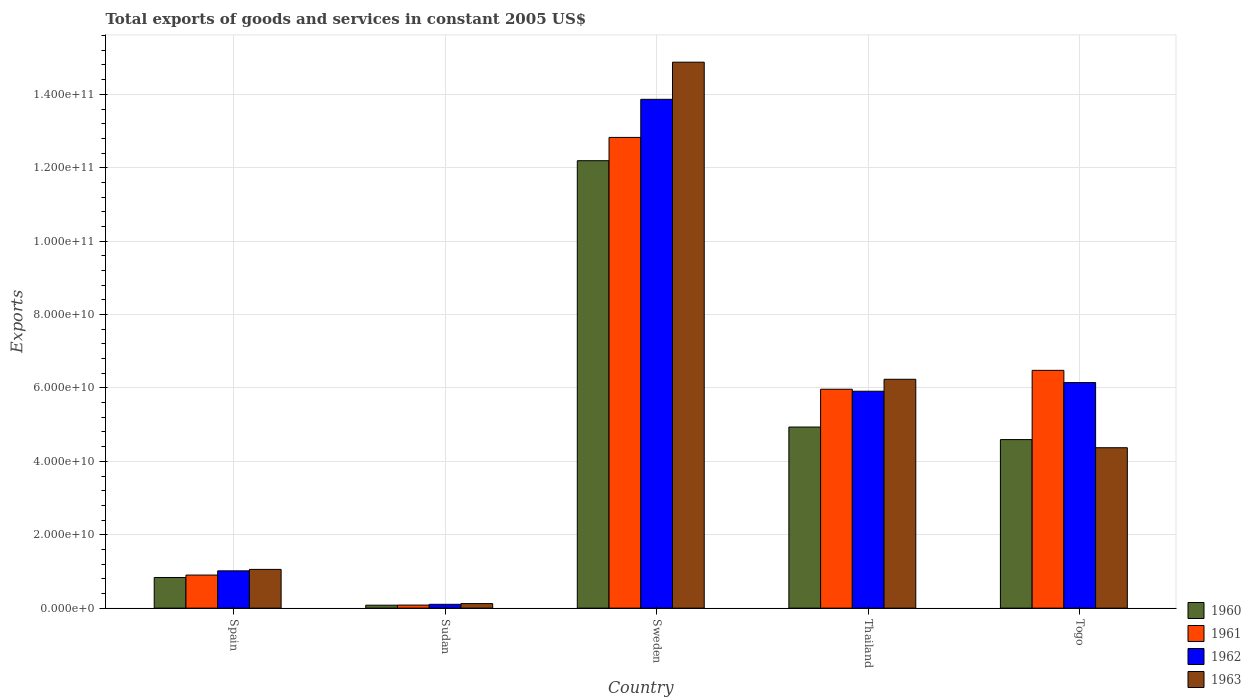
| Country | 1960 | 1961 | 1962 | 1963 |
 | --- | --- | --- | --- | --- |
 | Spain | 8.35e+09 | 9.02e+09 | 1.02e+10 | 1.06e+10 |
 | Sudan | 8.03e+08 | 8.33e+08 | 1.04e+09 | 1.24e+09 |
 | Sweden | 1.22e+11 | 1.28e+11 | 1.39e+11 | 1.49e+11 |
 | Thailand | 4.93e+10 | 5.97e+10 | 5.91e+10 | 6.24e+10 |
 | Togo | 4.59e+10 | 6.48e+10 | 6.15e+10 | 4.37e+10 |